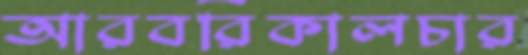
আরবরিকালচার